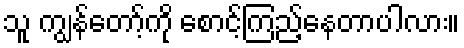
သူ ကျွန်တော့်ကို စောင့်ကြည့်နေတာပါလား။